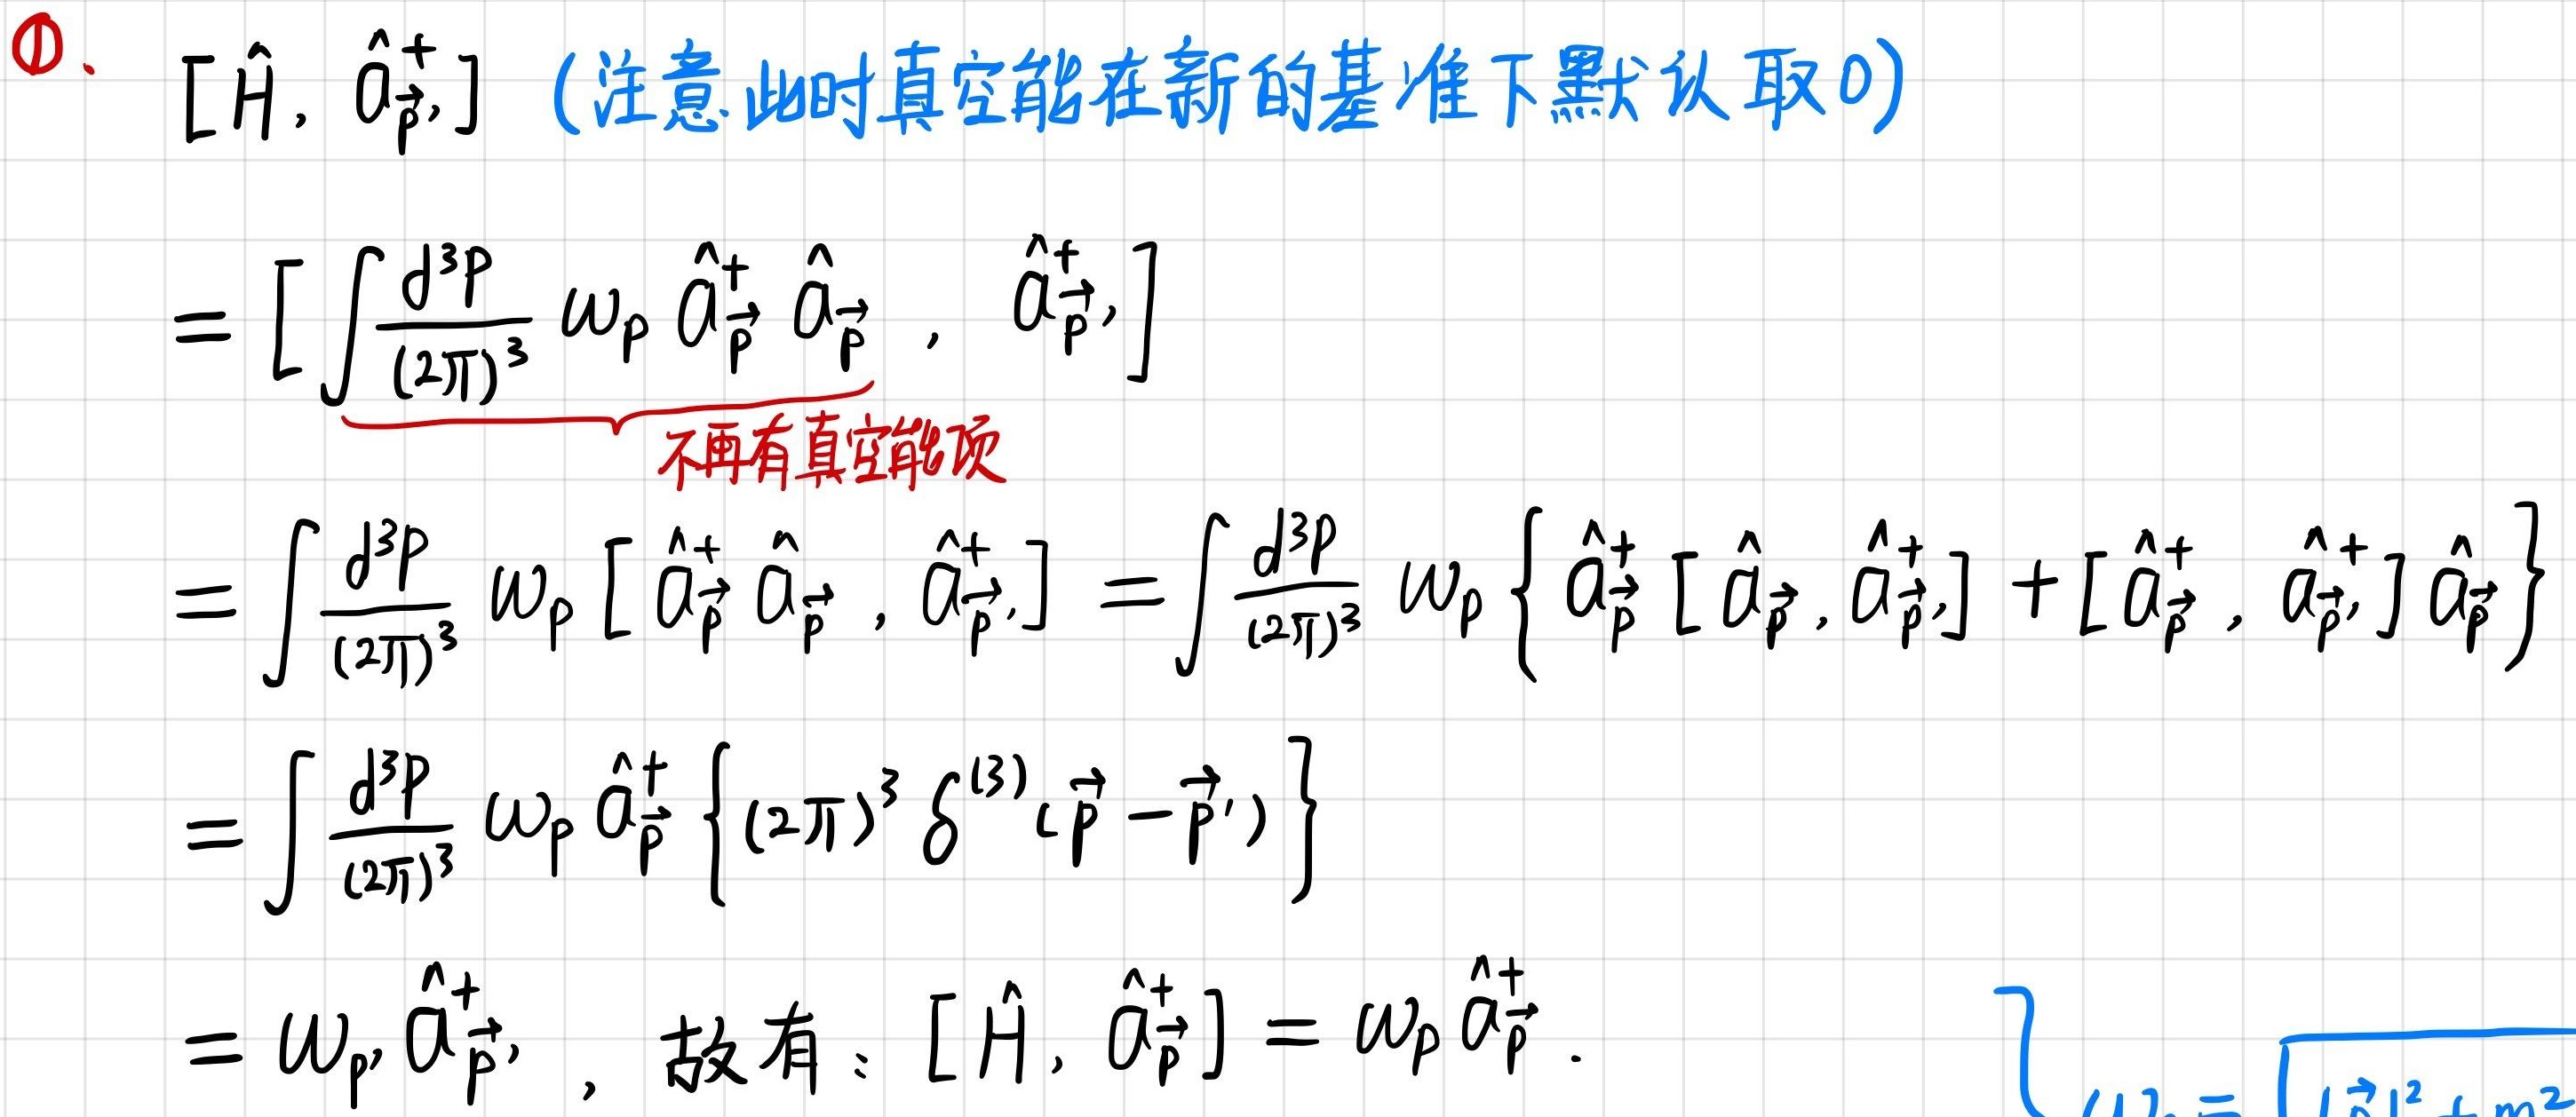
\textcircled{1}、$[\hat{H}, \hat{a}_{\vec{p}'}^{\dagger}]$（注意此时真空能在新的基准下默认取0）
\[
\begin{align*}
&=\left[\int\frac{d^{3}p}{(2\pi)^{3}}\omega_{p}\hat{a}_{\vec{p}}^{\dagger}\hat{a}_{\vec{p}},\hat{a}_{\vec{p}'}^{\dagger}\right]\\
&=\int\frac{d^{3}p}{(2\pi)^{3}}\omega_{p}\left[\hat{a}_{\vec{p}}^{\dagger}\hat{a}_{\vec{p}},\hat{a}_{\vec{p}'}^{\dagger}\right]=\int\frac{d^{3}p}{(2\pi)^{3}}\omega_{p}\left\{\hat{a}_{\vec{p}}^{\dagger}\left[\hat{a}_{\vec{p}},\hat{a}_{\vec{p}'}^{\dagger}\right]+\left[\hat{a}_{\vec{p}}^{\dagger},\hat{a}_{\vec{p}'}^{\dagger}\right]\hat{a}_{\vec{p}}\right\}\\
&=\int\frac{d^{3}p}{(2\pi)^{3}}\omega_{p}\hat{a}_{\vec{p}}^{\dagger}\left\{(2\pi)^{3}\delta^{(3)}(\vec{p}-\vec{p}')\right\}\\
&=\omega_{p'}\hat{a}_{\vec{p}'}^{\dagger}, \text{ 故有：}[\hat{H}, \hat{a}_{\vec{p}'}^{\dagger}]=\omega_{p}\hat{a}_{\vec{p}'}^{\dagger}.
\end{align*}
\]